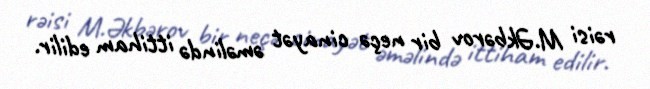
rəisi M.Əkbərov bir neçə cinayət əməlində ittiham edilir.